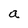
Character: a